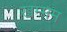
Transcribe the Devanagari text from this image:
खम्‍मम